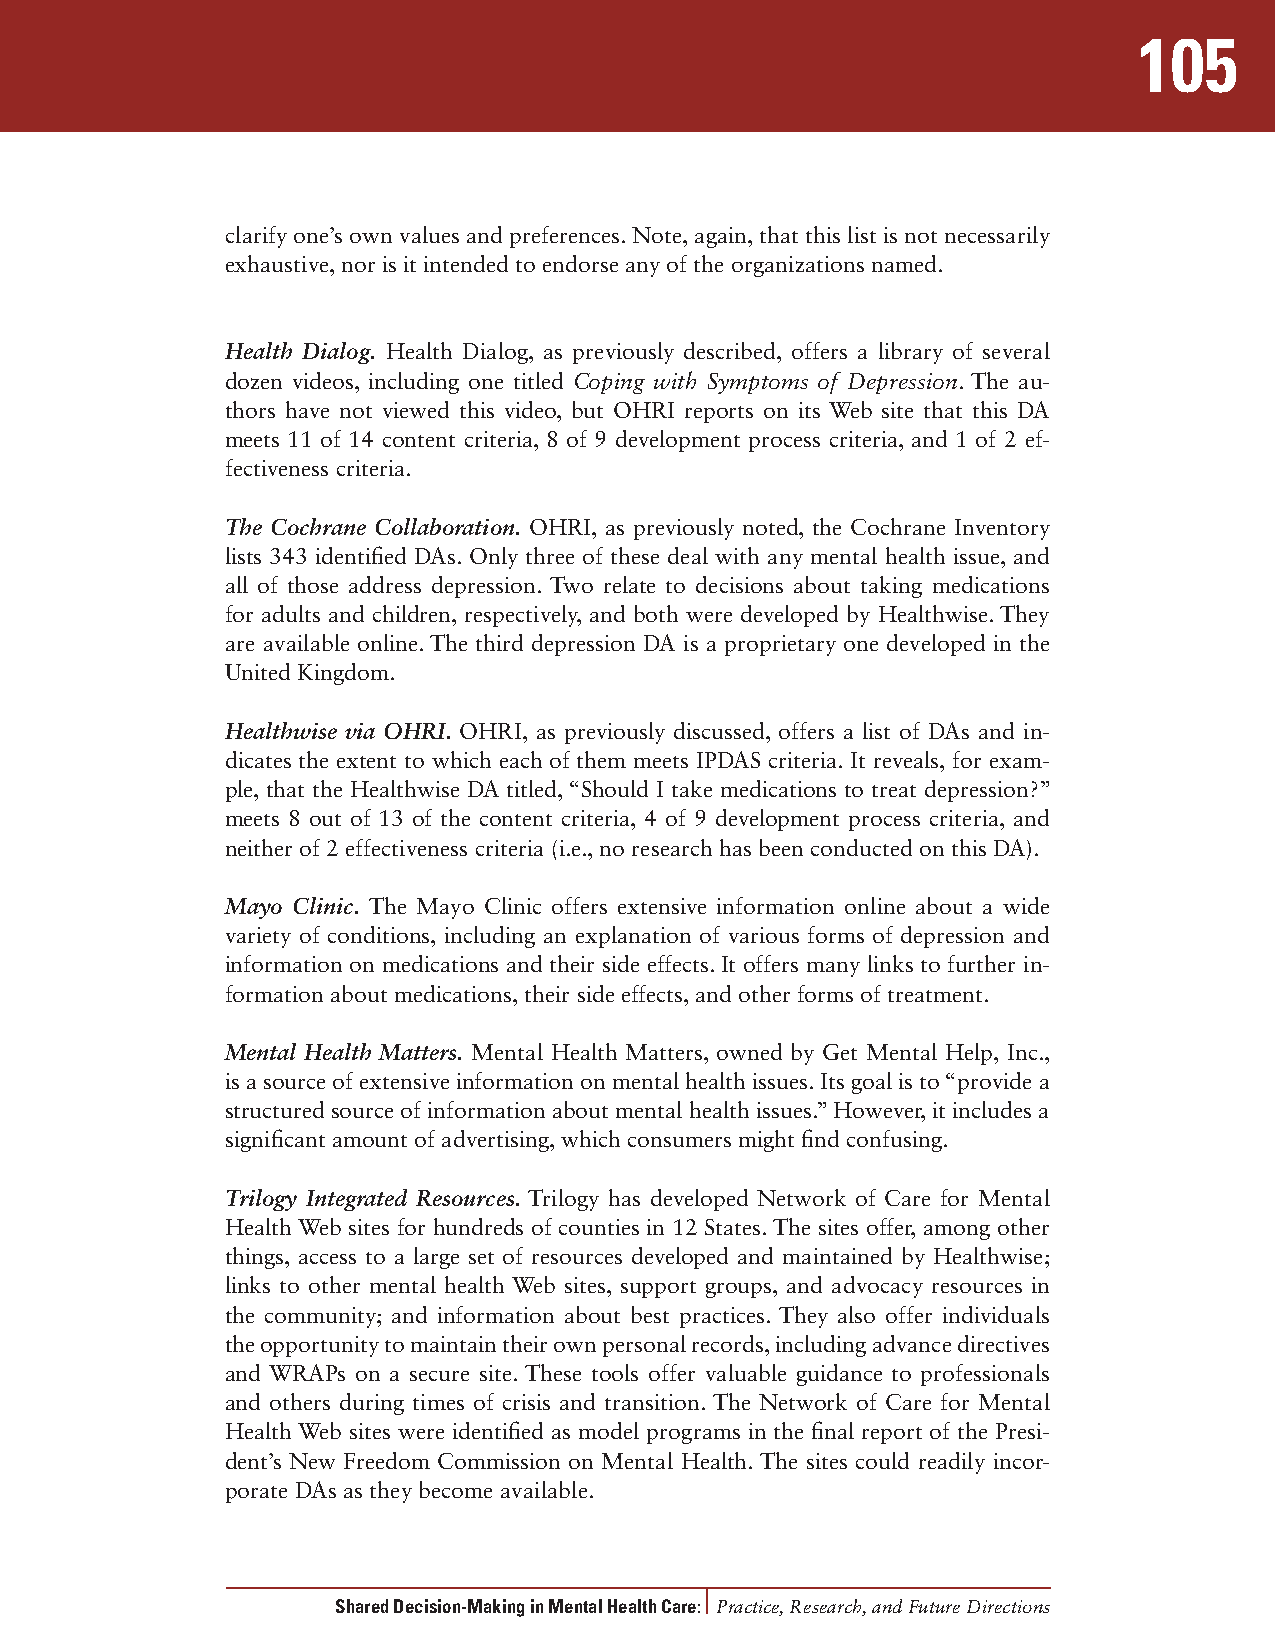
105
 clarify one’s own values and preferences. Note, again, that this list is not necessarily
 exhaustive, nor is it intended to endorse any of the organizations named.
 Health Dialog. Health Dialog, as previously described, offers a library of several
 dozen videos, including one titled Coping with Symptoms of Depression. The au-
 thors have not viewed this video, but OHRI reports on its Web site that this DA
 meets 11 of 14 content criteria, 8 of 9 development process criteria, and 1 of 2 ef-
 fectiveness criteria.
 The Cochrane Collaboration. OHRI, as previously noted, the Cochrane Inventory
 lists 343 identified DAs. Only three of these deal with any mental health issue, and
 all of those address depression. Two relate to decisions about taking medications
 for adults and children, respectively, and both were developed by Healthwise. They
 are available online. The third depression DA is a proprietary one developed in the
 United Kingdom.
 Healthwise via OHRI. OHRI, as previously discussed, offers a list of DAs and in-
 dicates the extent to which each of them meets IPDAS criteria. It reveals, for exam-
 ple, that the Healthwise DA titled, “Should I take medications to treat depression?”
 meets 8 out of 13 of the content criteria, 4 of 9 development process criteria, and
 neither of 2 effectiveness criteria (i.e., no research has been conducted on this DA).
 Mayo Clinic. The Mayo Clinic offers extensive information online about a wide
 variety of conditions, including an explanation of various forms of depression and
 information on medications and their side effects. It offers many links to further in-
 formation about medications, their side effects, and other forms of treatment.
 Mental Health Matters. Mental Health Matters, owned by Get Mental Help, Inc.,
 is a source of extensive information on mental health issues. Its goal is to “provide a
 structured source of information about mental health issues.” However, it includes a
 significant amount of advertising, which consumers might find confusing.
 Trilogy Integrated Resources. Trilogy has developed Network of Care for Mental
 Health Web sites for hundreds of counties in 12 States. The sites offer, among other
 things, access to a large set of resources developed and maintained by Healthwise;
 links to other mental health Web sites, support groups, and advocacy resources in
 the community; and information about best practices. They also offer individuals
 the opportunity to maintain their own personal records, including advance directives
 and WRAPs on a secure site. These tools offer valuable guidance to professionals
 and others during times of crisis and transition. The Network of Care for Mental
 Health Web sites were identified as model programs in the final report of the Presi-
 dent’s New Freedom Commission on Mental Health. The sites could readily incor-
 porate DAs as they become available.
 Shared Decision-Making in Mental Health Care: Practice, Research, and Future Directions